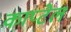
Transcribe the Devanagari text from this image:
काप्टेल